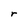
Character: r